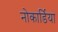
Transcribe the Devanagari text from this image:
नोकार्डिया